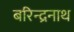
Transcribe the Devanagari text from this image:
बरिन्द्रनाथ